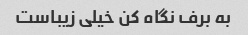
به برف نگاه کن خیلی زیباست